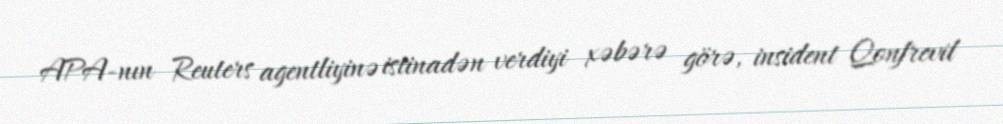
APA-nın Reuters agentliyinə istinadən verdiyi xəbərə görə, insident Qonfrevil